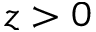
z > 0